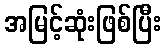
အမြင့်ဆုံးဖြစ်ပြီး